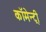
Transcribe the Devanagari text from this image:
कॉमेन्ट्री